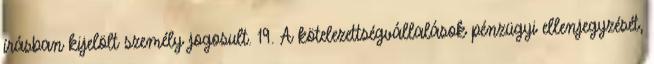
írásban kijelölt személy jogosult. 19. A kötelezettségvállalások pénzügyi ellenjegyzését,